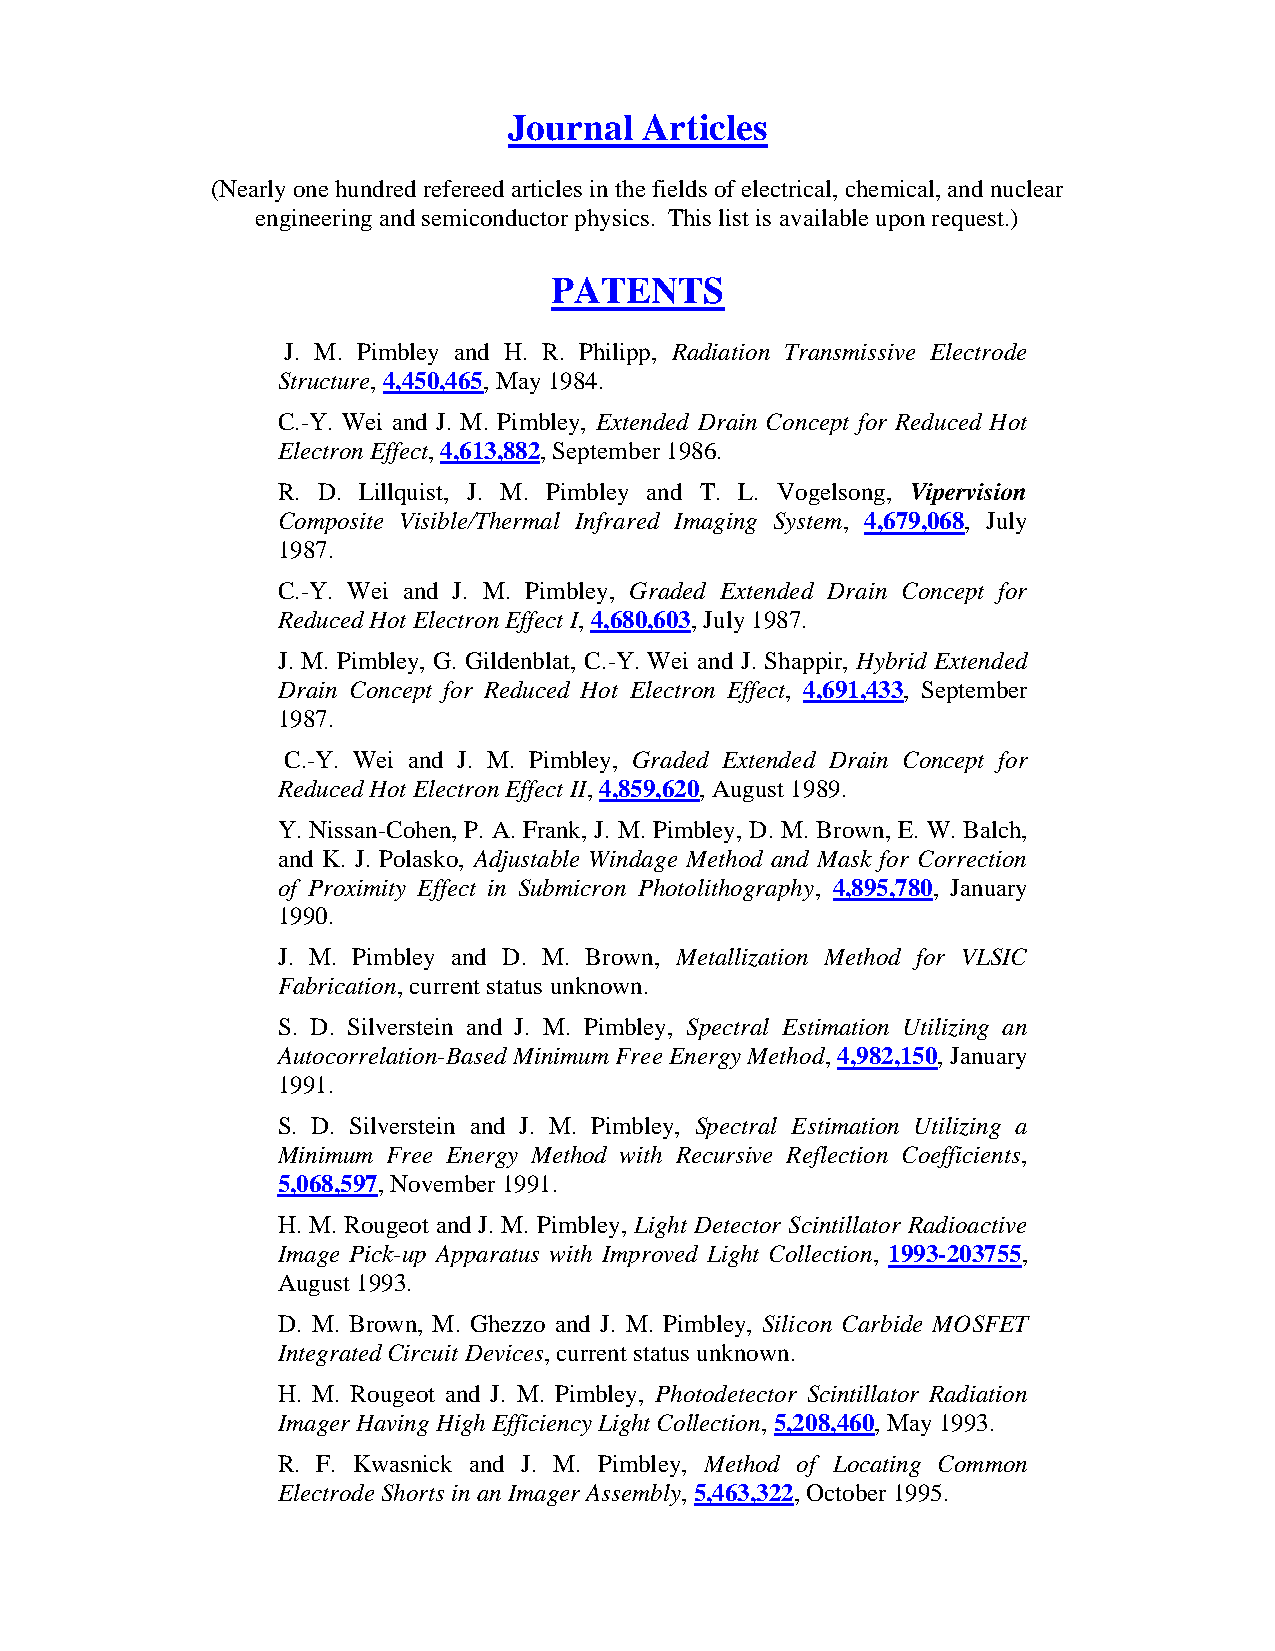
Journal  Articles
 (Nearly one hundred refereed articles in the fields of electrical, chemical, and nuclear
 engineering and semiconductor physics. This list is available upon request.)
 PATENTS
 J. M. Pimbley and H. R. Philipp, Radiation Transmissive Electrode
 Structure, 4,450,465, May 1984.
 C.-Y. Wei and J. M. Pimbley, Extended Drain Concept for Reduced Hot
 Electron Effect, 4,613,882, September 1986.
 R. D. Lillquist, J. M. Pimbley and T. L. Vogelsong, Vipervision
 Composite Visible/Thermal Infrared Imaging System, 4,679,068, July
 1987.
 C.-Y. Wei and J. M. Pimbley, Graded Extended Drain Concept for
 Reduced Hot Electron Effect I, 4,680,603, July 1987.
 J. M. Pimbley, G. Gildenblat, C.-Y. Wei and J. Shappir, Hybrid Extended
 Drain Concept for Reduced Hot Electron Effect, 4,691,433, September
 1987.
 C.-Y. Wei and J. M. Pimbley, Graded Extended Drain Concept for
 Reduced Hot Electron Effect II, 4,859,620, August 1989.
 Y. Nissan-Cohen, P. A. Frank, J. M. Pimbley, D. M. Brown, E. W. Balch,
 and K. J. Polasko, Adjustable Windage Method and Mask for Correction
 of Proximity Effect in Submicron Photolithography, 4,895,780, January
 1990.
 J. M. Pimbley and D. M. Brown, Metallization Method for VLSIC
 Fabrication, current status unknown.
 S. D. Silverstein and J. M. Pimbley, Spectral Estimation Utilizing an
 Autocorrelation-Based Minimum Free Energy Method, 4,982,150, January
 1991.
 S. D. Silverstein and J. M. Pimbley, Spectral Estimation Utilizing a
 Minimum Free Energy Method with Recursive Reflection Coefficients,
 5,068,597, November 1991.
 H. M. Rougeot and J. M. Pimbley, Light Detector Scintillator Radioactive
 Image Pick-up Apparatus with Improved Light Collection, 1993-203755,
 August 1993.
 D. M. Brown, M. Ghezzo and J. M. Pimbley, Silicon Carbide MOSFET
 Integrated Circuit Devices, current status unknown.
 H. M. Rougeot and J. M. Pimbley, Photodetector Scintillator Radiation
 Imager Having High Efficiency Light Collection, 5,208,460, May 1993.
 R. F. Kwasnick and J. M. Pimbley, Method of Locating Common
 Electrode Shorts in an Imager Assembly, 5,463,322, October 1995.